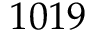
1 0 1 9